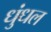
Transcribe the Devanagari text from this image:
धुंधल